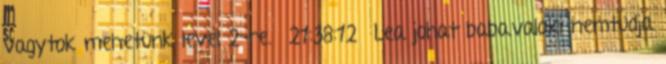
vagytok mehetünk level 2-re. 21:38:12 Lea johat baba.valaki nemtudja